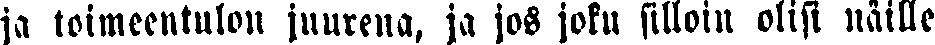
ja toimeentulon juurena, ja jos joku silloin olisi näille